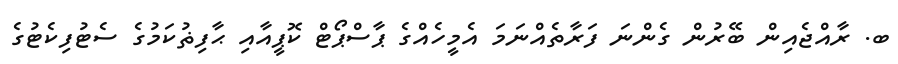
ބ. ރާއްޖެއިން ބޭރުން ގެންނަ ފަރާތެއްނަމަ އެމީހެއްގެ ޕާސްޕޯޓް ކޮޕީއާއި ޙާފިޡުކަމުގެ ސެޓުފިކެޓުގެ